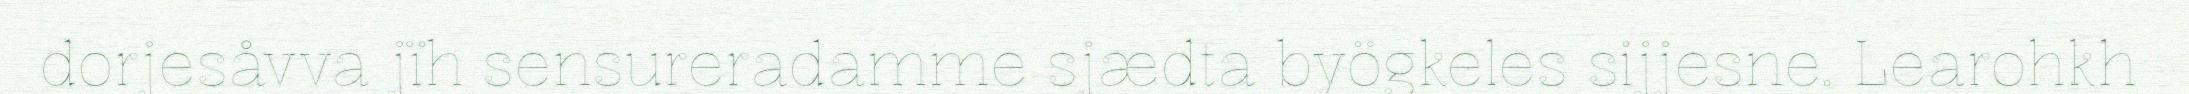
dorjesåvva jïh sensureradamme sjædta byögkeles sijjesne. Learohkh